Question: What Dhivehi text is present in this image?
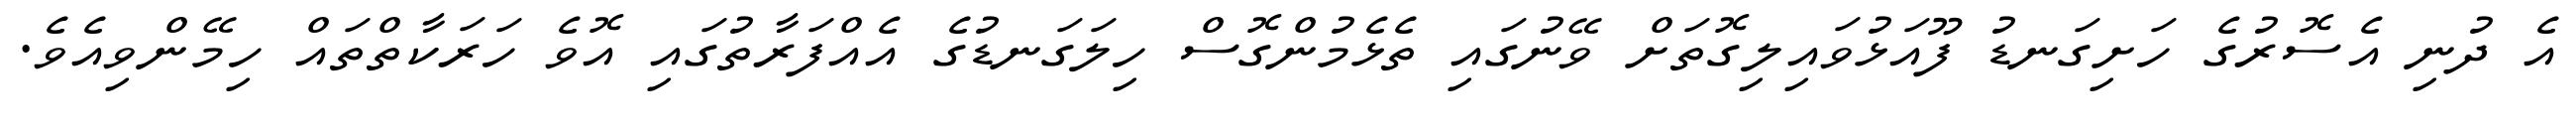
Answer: އެ ދުނި އެސޮރުގެ ހަށިގަނޑު ފޫއަޅުވައިލިގޮތަށް ވޭނުގައި ތެޅެމުންގޮސް ހިލަގަނޑުގެ އެއްފަރާތުގައި އޮވެ ހަރަކާތްތައް ހިމޭންވިއެވެ.